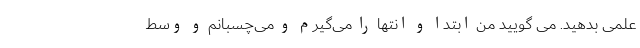
علمی بدهید. می گویید من ابتدا و انتها را می‌گیرم و می‌چسبانم و وسط